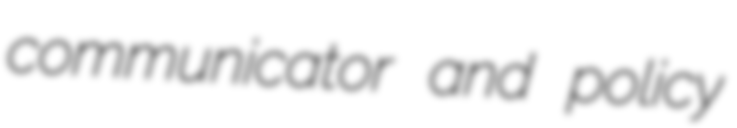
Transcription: communicator and policy